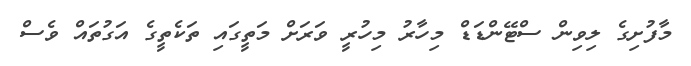
މާފުށިގެ ލިވިން ސްޓޭންޑަޑް މިހާރު މިހުރީ ވަރަށް މަތީގައި ތަކެތީގެ އަގުތައް ވެސް